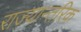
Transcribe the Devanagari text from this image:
राज्यान्तरिक